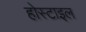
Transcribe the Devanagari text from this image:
होस्टाइल